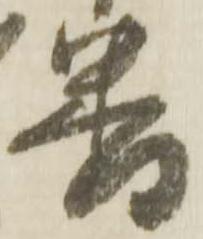
番